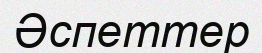
Әспеттер